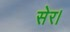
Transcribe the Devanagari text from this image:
सेर।